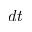
d t